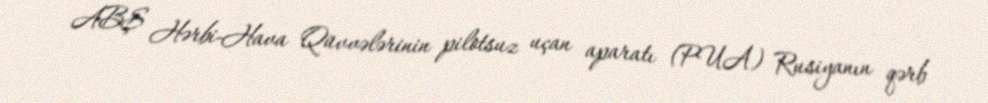
ABŞ Hərbi-Hava Qüvvələrinin pilotsuz uçan aparatı (PUA) Rusiyanın qərb